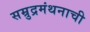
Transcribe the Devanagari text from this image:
सम्रुद्रमंथनाची